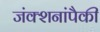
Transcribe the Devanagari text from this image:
जंक्शनांपैकी